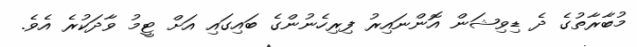
މުބާރާތުގެ ދެ ޑިވިޝަން އޮންނައިރު ފިރިހެނުންގެ ބައިގައި އަށް ޓީމު ވާދަކުރެ އެވެ.